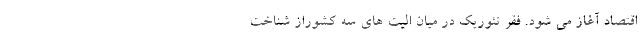
اقتصاد آغاز می شود. فقر تئوریک در میانِ الیت های سه کشوراز شناخت